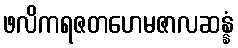
ဖလိကရဇတဟေမဇာလဆန္နံ